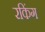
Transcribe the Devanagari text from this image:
रकिंग